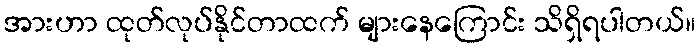
အားဟာ ထုတ်လုပ်နိုင်တာထက် များနေကြောင်း သိရှိရပါတယ်။